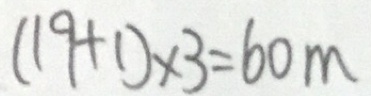
( 1 9 + 1 ) \times 3 = 6 0 m